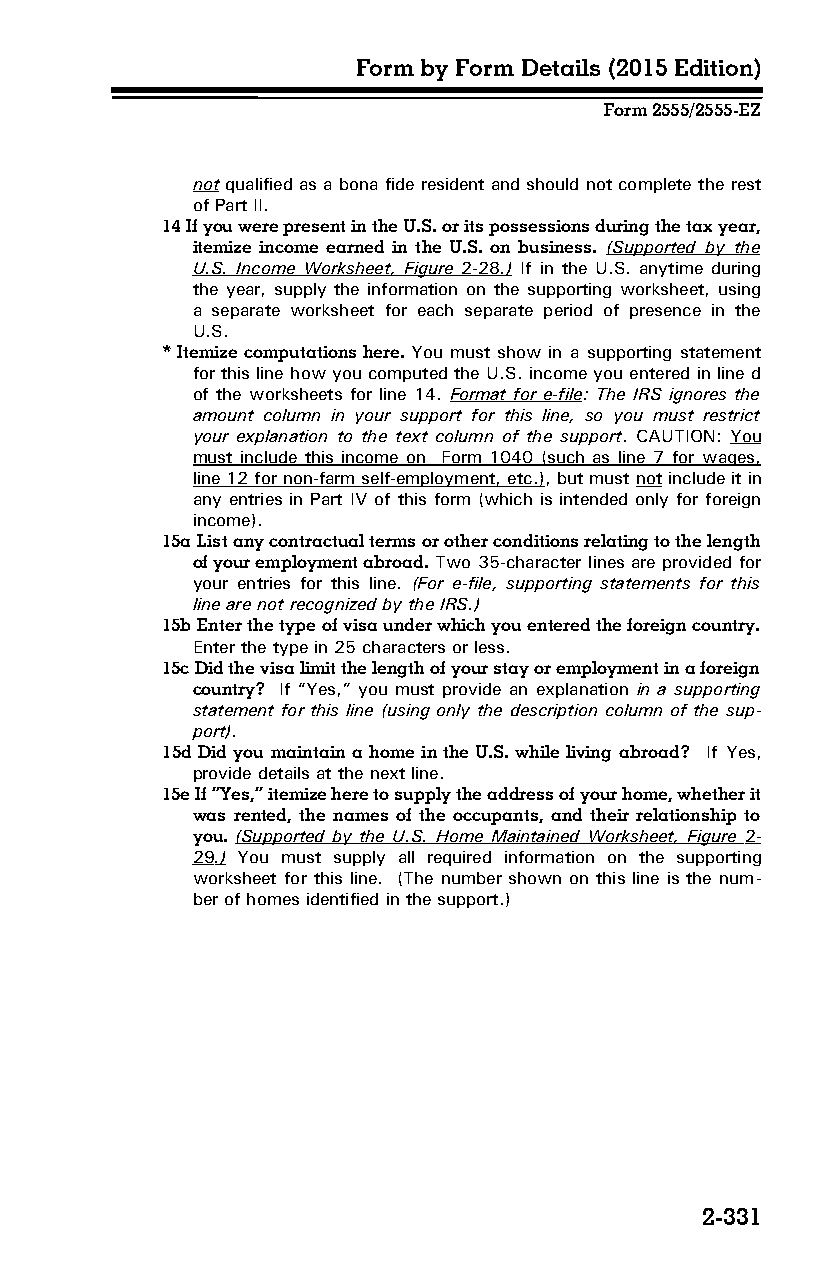
Form by Form Details (2015 Edition)
 Form 2555/2555-EZ
 not qualified as a bona fide resident and should not complete the rest
 of Part II.
 14 If you were present in the U.S. or its possessions during the tax year,
 itemize income earned in the U.S. on business. (Supported by the
 U.S. Income Worksheet, Figure 2-28 .) If in the U.S. anytime during
 the year, supply the information on the supporting worksheet, using
 a separate worksheet for each separate period of presence in the
 U.S.
 * Itemize computations here. You must show in a supporting statement
 for this line how you computed the U.S. income you entered in line d
 of the worksheets for line 14. Format for e-file: The IRS ignores the
 amount column in your support for this line, so you must restrict
 your explanation to the text column of the support. CAUTION: You
 must include this income on Form 1040 (such as line 7 for wages,
 line 12 for non-farm self-employment, etc.), but must not include it in
 any entries in Part IV of this form (which is intended only for foreign
 income).
 15a List any contractual terms or other conditions relating to the length
 of your employment abroad. Two 35-character lines are provided for
 your entries for this line. (For e-file, supporting statements for this
 line are not recognized by the IRS.)
 15b Enter the type of visa under which you entered the foreign country.
 Enter the type in 25 characters or less.
 15c Did the visa limit the length of your stay or employment in a foreign
 country? If “Yes,” you must provide an explanation in a supporting
 statement for this line (using only the description column of the sup­
 port).
 15d Did you maintain a home in the U.S. while living abroad? If Yes,
 provide details at the next line.
 15e If “Yes,” itemize here to supply the address of your home, whether it
 was rented, the names of the occupants, and their relationship to
 you. (Supported by the U.S. Home Maintained Worksheet, Figure 2-
 29 .) You must supply all required information on the supporting
 worksheet for this line. (The number shown on this line is the num­
 ber of homes identified in the support.)
 2-331